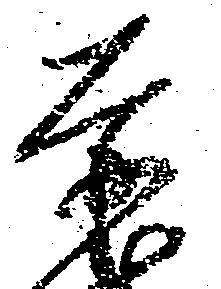
赤